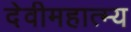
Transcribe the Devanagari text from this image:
देवीमहात्म्य